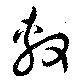
敷